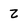
Character: 2